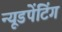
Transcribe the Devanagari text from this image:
न्यूडपेंटिंग